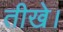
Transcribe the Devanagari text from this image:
तीखे।